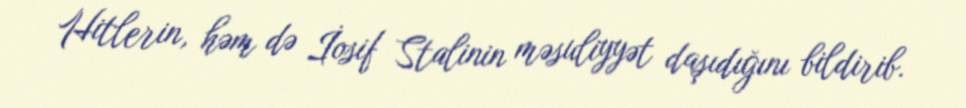
Hitlerin, həm də İosif Stalinin məsuliyyət daşıdığını bildirib.